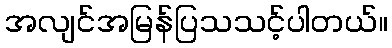
အလျင်အမြန်ပြသသင့်ပါတယ်။